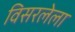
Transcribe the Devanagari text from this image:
विसरलेला